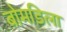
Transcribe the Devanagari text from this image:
बोमडिला